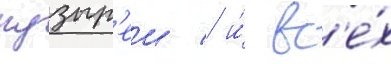
пузыр'еи / и́ вс'е́х